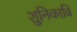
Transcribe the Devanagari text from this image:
शुनिकात्रि